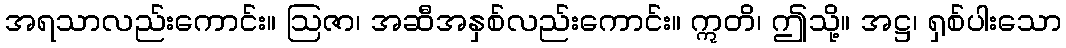
အရသာလည်းကောင်း။ ဩဇာ၊ အဆီအနှစ်လည်းကောင်း။ ဣတိ၊ ဤသို့။ အဋ္ဌ၊ ရှစ်ပါးသော